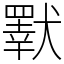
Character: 𤢕